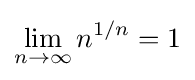
\lim _{n\to \infty }n^{1/n}=1